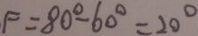
F = 8 0 ^ { \circ } - 6 0 ^ { \circ } = 2 0 ^ { \circ }